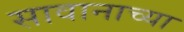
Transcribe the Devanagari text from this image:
सावानाच्या